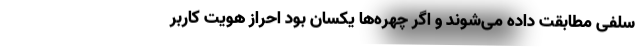
سلفی مطابقت داده می‌شوند و اگر چهره‌ها یکسان بود احراز هویت کاربر